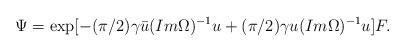
LaTeX: \begin{align*}\Psi =\exp [-(\pi /2)\gamma \bar u(Im \Omega )^{-1}u+(\pi /2)\gamma u (Im \Omega )^{-1}u ]F.\end{align*}